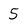
Character: 5